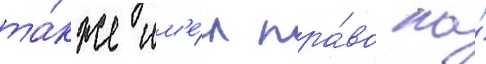
та́кже им'е́л пра́во на́